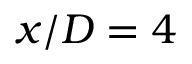
x / D = 4